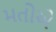
મતોએ